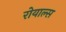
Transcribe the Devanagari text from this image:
रोयाल्स